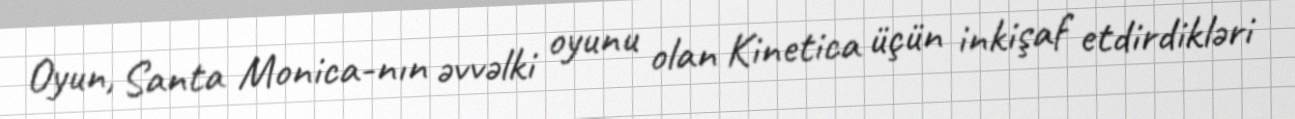
Oyun, Santa Monica-nın əvvəlki oyunu olan Kinetica üçün inkişaf etdirdikləri